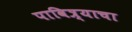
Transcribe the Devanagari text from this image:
पावित्र्याचा